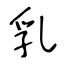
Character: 乳